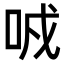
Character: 𠲌